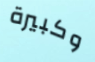
وكبيرة